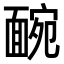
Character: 䩊